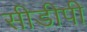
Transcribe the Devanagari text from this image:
सीडीपी